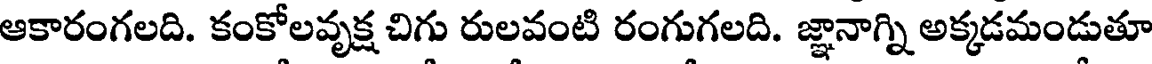
ఆకారంగలది. కంకోలవృక్ష చిగు రులవంటి రంగుగలది. జ్ఞానాగ్ని అక్కడమండుతూ